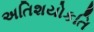
અતિશયોકતિ